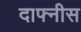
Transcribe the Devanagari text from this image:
दाफ्नीस